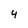
Character: 4